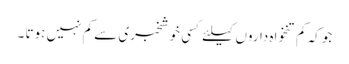
جو کہ کم تنخواہ داروں کیلئے کسی خوشخبری سے کم نہیں ہوتا ۔